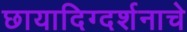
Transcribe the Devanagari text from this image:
छायादिग्दर्शनाचे